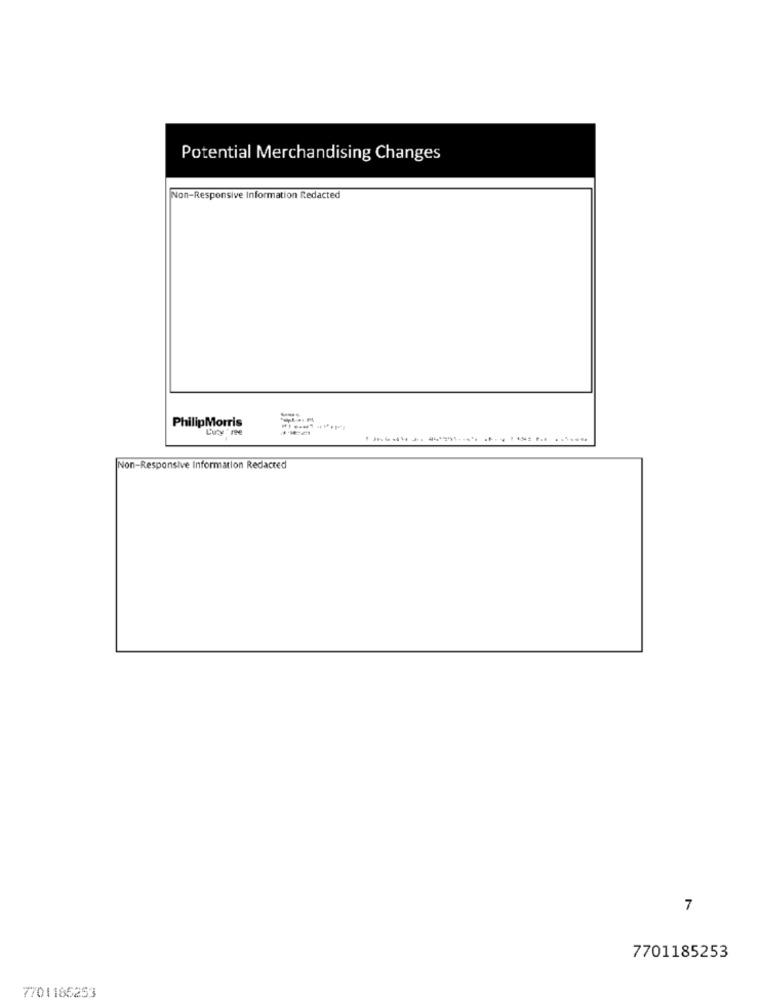
Potential Merchandising Changes
Non-Responsive Information Redacted
PhilipMorris
Luty ' me
Non-Responsive Information Redacred
7
7701185253
7701165253